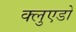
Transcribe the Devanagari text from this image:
क्लुएडो